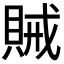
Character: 𮚆